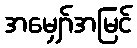
အမျှော်အမြင်